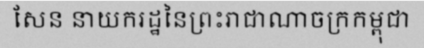
សែន នាយករដ្ឋនៃព្រះរាជាណាចក្រកម្ពុជា